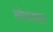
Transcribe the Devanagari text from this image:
शोधशाला